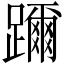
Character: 躎